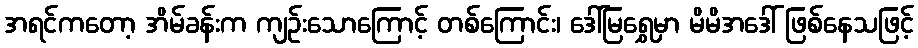
အရင်ကတော့ အိမ်ခန်းက ကျဉ်းသောကြောင့် တစ်ကြောင်း၊ ဒေါ်မြရွှေမှာ မိမိအဒေါ် ဖြစ်နေသဖြင့်